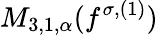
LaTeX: M_{3,1,\alpha}(f^{\sigma,(1)})